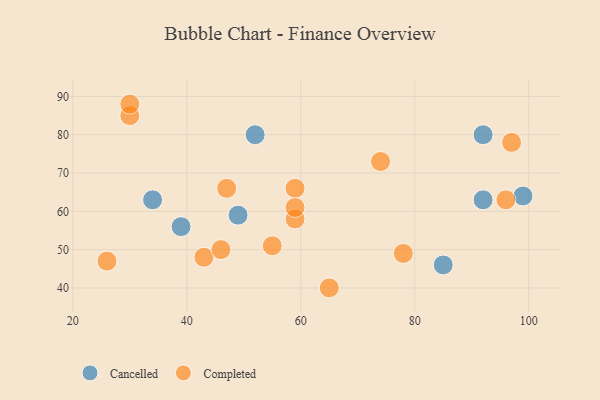
{"axis": {"x": "GDP", "y": "Life Expectancy"}, "legend": ["Cancelled", "Completed"], "data": [{"x": "34", "y": 63, "type": "Cancelled"}, {"x": "99", "y": 64, "type": "Cancelled"}, {"x": "49", "y": 59, "type": "Cancelled"}, {"x": "85", "y": 46, "type": "Cancelled"}, {"x": "39", "y": 56, "type": "Cancelled"}, {"x": "92", "y": 63, "type": "Cancelled"}, {"x": "52", "y": 80, "type": "Cancelled"}, {"x": "92", "y": 80, "type": "Cancelled"}, {"x": "43", "y": 48, "type": "Completed"}, {"x": "59", "y": 66, "type": "Completed"}, {"x": "46", "y": 50, "type": "Completed"}, {"x": "26", "y": 47, "type": "Completed"}, {"x": "97", "y": 78, "type": "Completed"}, {"x": "30", "y": 85, "type": "Completed"}, {"x": "30", "y": 88, "type": "Completed"}, {"x": "74", "y": 73, "type": "Completed"}, {"x": "47", "y": 66, "type": "Completed"}, {"x": "59", "y": 58, "type": "Completed"}, {"x": "55", "y": 51, "type": "Completed"}, {"x": "78", "y": 49, "type": "Completed"}, {"x": "96", "y": 63, "type": "Completed"}, {"x": "65", "y": 40, "type": "Completed"}, {"x": "59", "y": 61, "type": "Completed"}]}